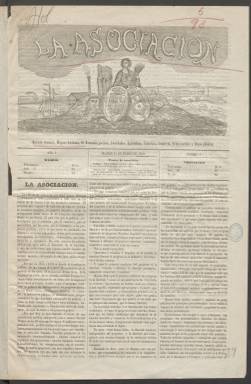
Título: La Asociación (Madrid. 1860)
Colección: Economía || Agricultura || Industria
Ámbito geográfico: Madrid
Lugar de publicación: Madrid
Fechas: 15/01/1860-13/02/1860